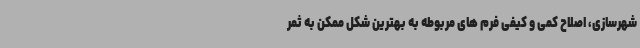
شهرسازی، اصلاح کمی و کیفی فرم های مربوطه به بهترین شکل ممکن به ثمر